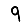
Digit: 9